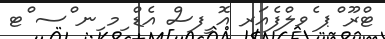
ޓްރޫ ްޕ ެވލްފެއަރ އޮ ީފސް އެޑް ިމ ިނ ްސ ްޓ